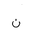
Letter: _non